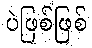
ပဲဖြစ်ဖြစ်